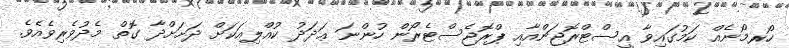
ހޯރމޯނެއް ކަމުގައިވާ އީސްޓްރޮޖަންއާއި ޕްރޮޖެސްޓެރޯން ހުންނަ ޢަދަދު ކުއްލިއަކަށް ދަށަށްދާ ގޮތް މެދުވެރިވެއެވެ.